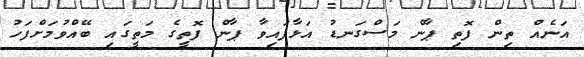
އަނެއް ތިން ފޮތި ޕާން މަސްގަނޑު އަޅާފައިވާ ޕާން ފޮތީގެ މަތީގައި ބޭއްވުމަށްފަހު